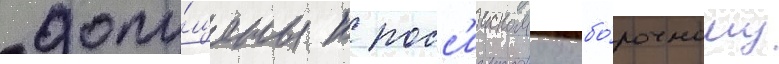
допу́щены к росс'иискому отбо́рочному